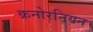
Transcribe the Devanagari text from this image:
क्रनोरनियन